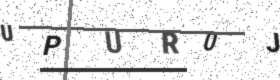
Text: UPUR0J